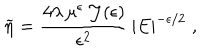
\widetilde { \eta } = \frac { 4 \lambda \, \mu ^ { \epsilon } \, { \mathcal J } ( \epsilon ) } { \epsilon ^ { 2 } } \, | E | ^ { - \epsilon / 2 } \; ,